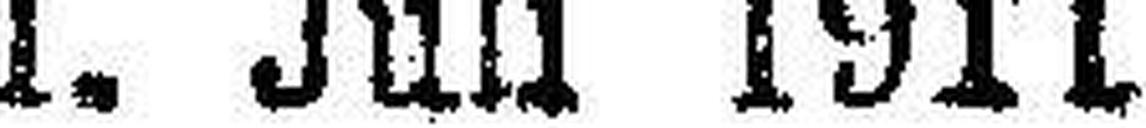
1. Juli 1911